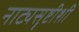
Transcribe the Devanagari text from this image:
नाट्यसॄष्टीशी